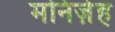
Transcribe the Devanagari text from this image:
मनिज़ेह